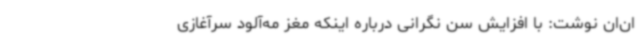
‌ان‌ان نوشت: با افزایش سن نگرانی درباره اینکه مغز مه‌آلود سرآغازی